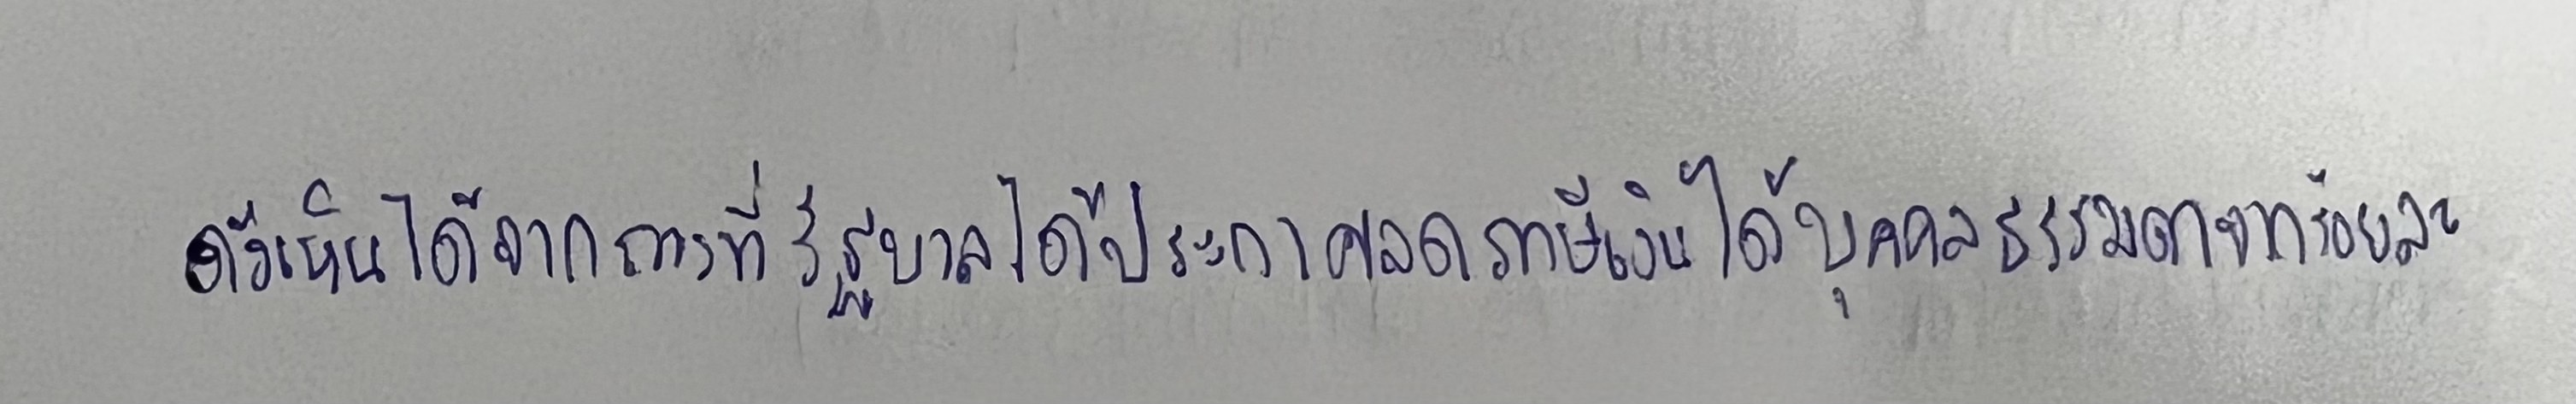
ดังเห็นได้จากการที่รัฐบาลได้ประกาศลดภาษีเงินได้บุคคลธรรมดาจากร้อยละ